Medical and sanitary report of the native army of Madras for the year
Year: 1878
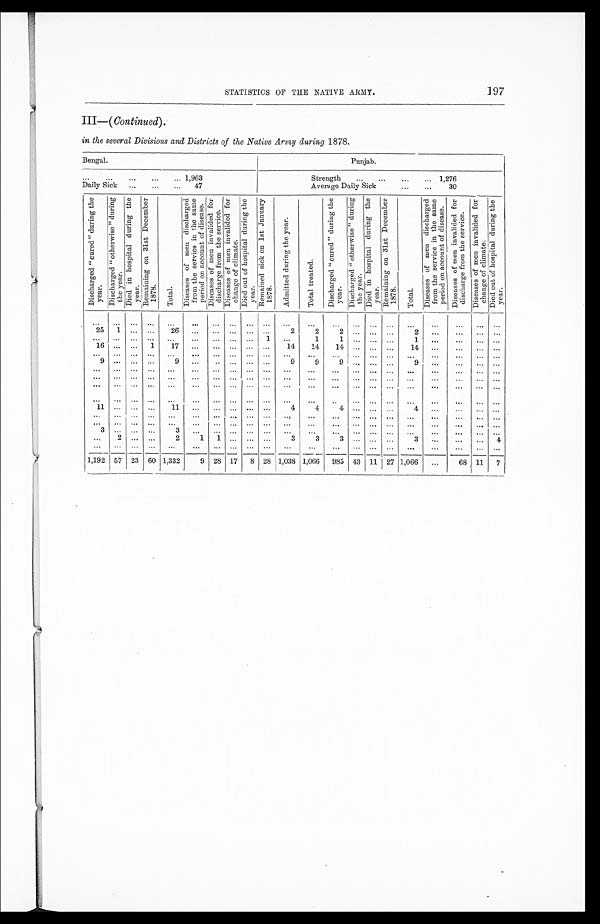
STATISTICS OF THE NATIVE ARMY.
197
III— ( Continued) .
in the several Divisions and Districts of the Native Army daring 1878.
Bengal.
Punjab.
. . . 1,963
Strength . . . 1,276
Daily Sick . . . 47
Average Daily Sick . . . 30
D i s c h a r g e d " c u r e d " d u r i n g t h e y e a r . D i s c h a r g e d " o t h e r w i s e " d u r i n g t h e y e a r . D i e d i n h o s p i t a l d u r i n g t h e y e a r .
R e m a i n i n g o n 3 1 s t D e c e m b e r 1 8 7 8 .
T o t a l .
D i s e a s e s o f m e n d i s c h a r g e d f r o m t h e s e r v i c e i n t h e s a m e p e r i o d o n a c c o u n t o f d i s e a s e .
D i s c a s e s o f m e n i n v a l i d e d f o r d i s c h a r g e f r o m t h e s e r v i c e .
D i s e a s e s o f m e n i n v a l i d e d f o r c h a n g e o f c l i m a t e .
D i e d o u t o f h o s p i t a l d u r i n g t h e y e a r .
R e m a i n e d s i c k o n 1 s t J a n u a r y 1 8 7 8 .
A d m i t t e d d u r i n g t h e y e a r .
T o t a l t r e a t e d .
D i s c h a r g e d " c u r e d " d u r i n g t h e y e a r .
D i s c h a r g e d " o t h e r w i s e " d u r i n g t h e y e a r .
Di e d i n h o s p i t a l d u r i n g t h e y e a r .
R e m a i n i n g o n 3 1 s t D e c e m b e r 1 8 7 8 .
T o t a l .
D i s e a s e s o f m e n d i s c h a r g e d f r o m e t h e s e r v i c e i n t h e s a m e p e r i o d o n a c c o u n t o f d i s e a s e .
D i s e a s e s o f m e n i n v a l i d e d f o r d i s c h a r g e f r o m t h e s e r v i c e .
D i s e a s e s o f m e n i n v a l i d e d f o r c h a n g e o f c l i m a t e . D i e d o u t o f h o s p i t a l d u r i n g t h e y e a r .
. . .
. . .
. . .
. . .
. . .
. . .
. . .
. . .
. . .
. . .
. . .
. . .
. . .
. . .
. . .
. . .
. . .
. . .
. . .
. . .
. . .
2 5
1
. . .
. . .
26
. . .
. . .
. . .
. . .
. . .
2
2
2
. . .
. . .
. . .
2
. . .
. . . . . .
. . .
. . .
. . .
. . .
. . .
. . . . . .
. . .
. . .
. . .
1
. . .
1
1
. . .
. . .
. . .
1
. . .
. . . . . .
. . .
16
. . .
. . .
1
17
. . .
. . .
. . .
. . .
. . .
14
14
14
. . .
. . .
. . .
14
. . .
. . .
. . .
. . .
. . .
. . .
. . .
. . .
. . .
. . .
. . .
. . .
. . .
. . .
. . .
. . .
. . .
. . .
. . .
. . .
. . .
. . .
. . . . . .
. . .
9
. . .
. . .
. . .
9
. . .
. . .
. . .
. . .
. . .
9
9
9
. . .
. . .
. . .
9
. . .
. . .
. . .
. . .
. . .
. . .
. . . . . .
. . .
. . .
. . . . . .
. . .
. . .
. . .
. . .
. . .
. . .
. . .
. . .
. . .
. . .
. . .
. . .
. . .
. . .
. . .
. . .
. . .
. . .
. . .
. . . . . .. . .
. . .
. . .
. . .
. . .
. . .
. . .
. . .
. . .
. . .
. . .
. . . . . .
. . .
. . .
. . .
. . .
. . .
. . .
. . .
. . .
. . .
. . .
. . .
. . .
. . .
. . . . . .
. . .
. . .
. . .
. . .
. . .
. . .
. . .
. . .
. . .
. . .
. . .
. . .
. . .
. . .
. . .
. . .
. . .
. . .
. . .
. . .
. . .
. . .
. . .
. . .
. . .
. . . . . .
1 1 . . .
. . .
. . .
11
. . .
. . .
. . .
. . .
. . .
4
4
4
. . .
. . .
. . .
4
. . .
. . . . . .
. . .
. . .
. . .
. . .
. . .
. . .
. . .
. . .
. . .
. . .
. . .
. . .
. . .
. . .
. . . . . .
. . .
. . .
. . .
. . .
. . . . . .
. . .
. . .
. . .
. . .
. . .
. . .
. . .
. . .
. . .
. . .
. . .
. . .
. . .
. . .
. . .
. . .
. . .
. . .
. . .
. . . . . .
3
. . .
. . .
. . .
3
. . .
. . .
. . . . . .
. . .
. . .
. . .
. . .
. . . . . .
. . .
. . .
. . .
. . .
. . . . . .
. . .
2
. . .
. . .
2
1
1
. . .
. . .
. . .
3
3
3
. . .
. . .
. . .
3
. . .
. . .
. . .
4
. . .
. . .
. . .
. . .
. . .
. . .
. . .
. . .
. . .
. . .
. . .
. . .
. . .
. . .
. . .
. . .
. . .
. . .
. . .
. . .
. . .
1,192 57 23 60 1,332
9 28 17
8 28 1,038 1,066
985 43 11 27 1,066
. . .
68 11
7